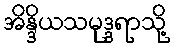
အိန္ဒိယသမုဒ္ဒရာသို့